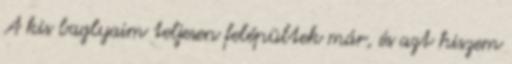
A kis baglyaim teljesen felépültek már, és azt hiszem